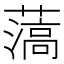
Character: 薃